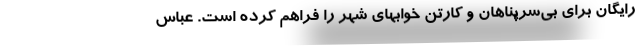
رایگان برای بی‌سرپناهان و کارتن خوابهای شهر را فراهم کرده است. عباس